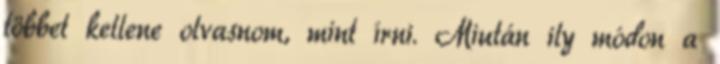
többet kellene olvasnom, mint írni. Miután ily módon a